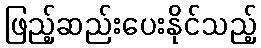
ဖြည့်ဆည်းပေးနိုင်သည့်